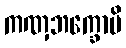
ကဏှဘက္ခောပိ